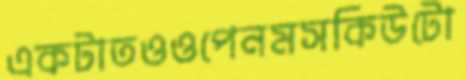
একটাতওওপেনমসকিউটো